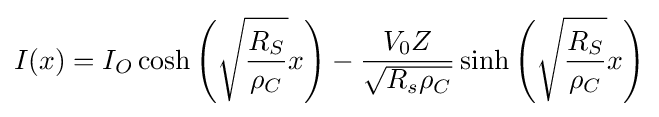
I(x)=I_{O}\cosh {\left({\sqrt {\frac {R_{S}}{\rho _{C}}}}x\right)}-{\frac {V_{0}Z}{\sqrt {R_{s}\rho _{C}}}}\sinh {\left({\sqrt {\frac {R_{S}}{\rho _{C}}}}x\right)}